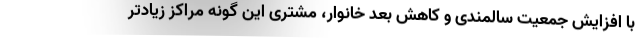
با افزایش جمعیت سالمندی و کاهش بعد خانوار، مشتری این گونه مراکز زیادتر